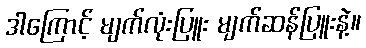
ဒါကြောင့် မျက်လုံးပြူး မျက်ဆန်ပြူးနဲ့။